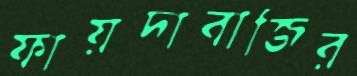
ফায়দাবাজির